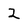
Character: 2